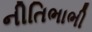
નીતિભાભી